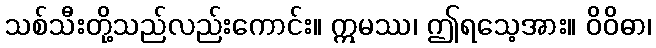
သစ်သီးတို့သည်လည်းကောင်း။ ဣမဿ၊ ဤရသေ့အား။ ဝိဝိဓာ၊